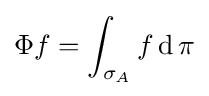
\Phi f=\int _{\sigma _{A}}f\operatorname {d} \pi